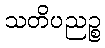
သတိပညဉ္စ